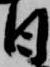
日